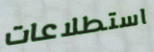
استطلاعات